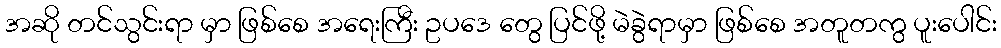
အဆို တင်သွင်းရာ မှာ ဖြစ်စေ အရေးကြီး ဥပဒေ တွေ ပြင်ဖို့ မဲခွဲရာမှာ ဖြစ်စေ အတူတကွ ပူးပေါင်း